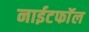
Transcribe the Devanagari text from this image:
नाईटफाॅल